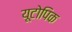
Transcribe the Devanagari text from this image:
यूटोपिक